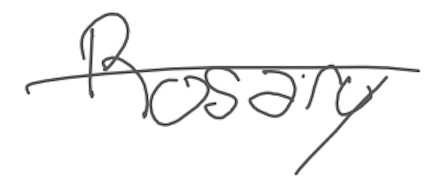
Text: Rosary
Cross-out: single-line
Writing tool: digital_gray